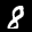
Label: 8